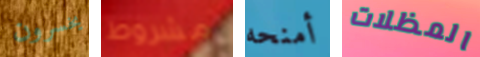
يخسرون مشروط أمنحه المظلات